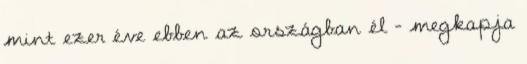
mint ezer éve ebben az országban él - megkapja